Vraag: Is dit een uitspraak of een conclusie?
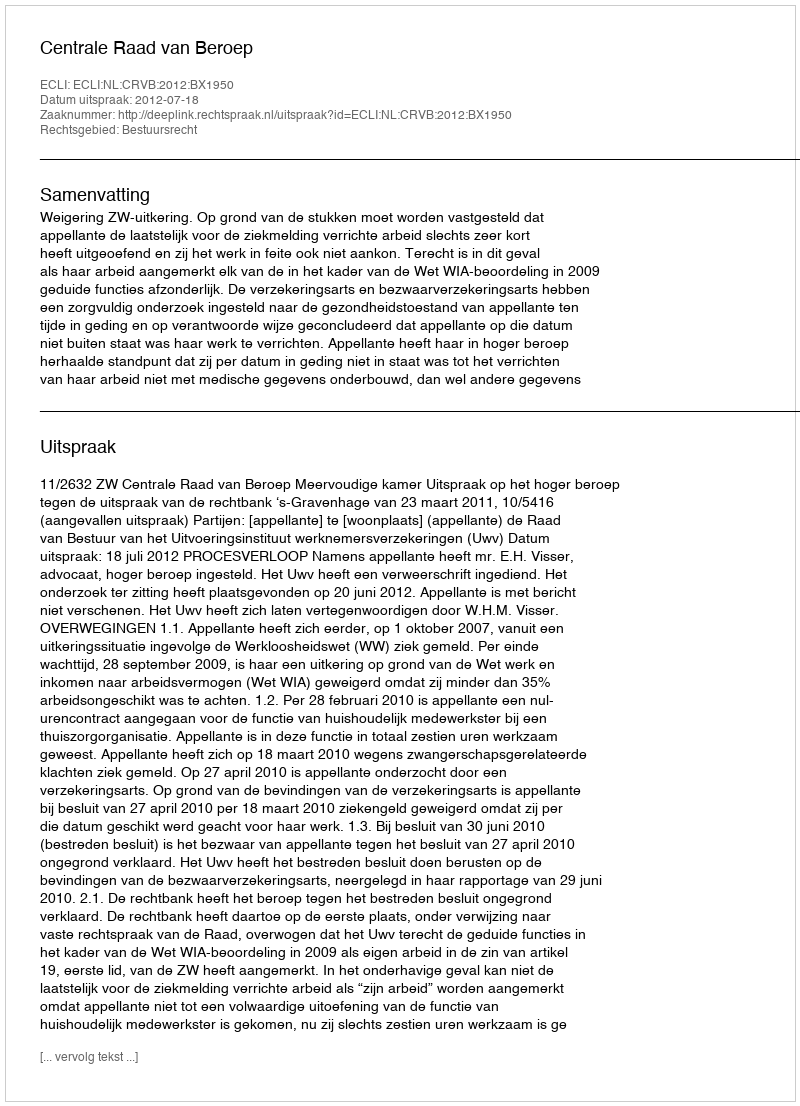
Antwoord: Uitspraak